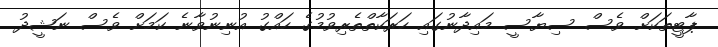
ޕާޓީތަކަށް ވެސް ސިޔާސީ މައިދާނުގައި ހަރަކާތްތެރިވުމުގެ ހައްގު އުނިނުވާނެ ކަމަށް ވެސް ނަޝީދު